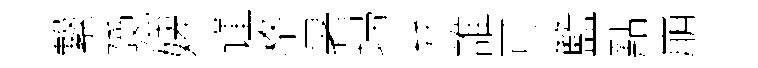
繋隠婢谨格暑埽弁誰可籃點崩